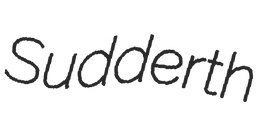
Sudderth